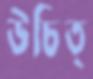
উচিত্